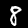
Label: 8